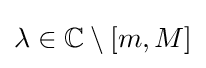
\lambda \in \mathbb {C} \setminus [m,M]